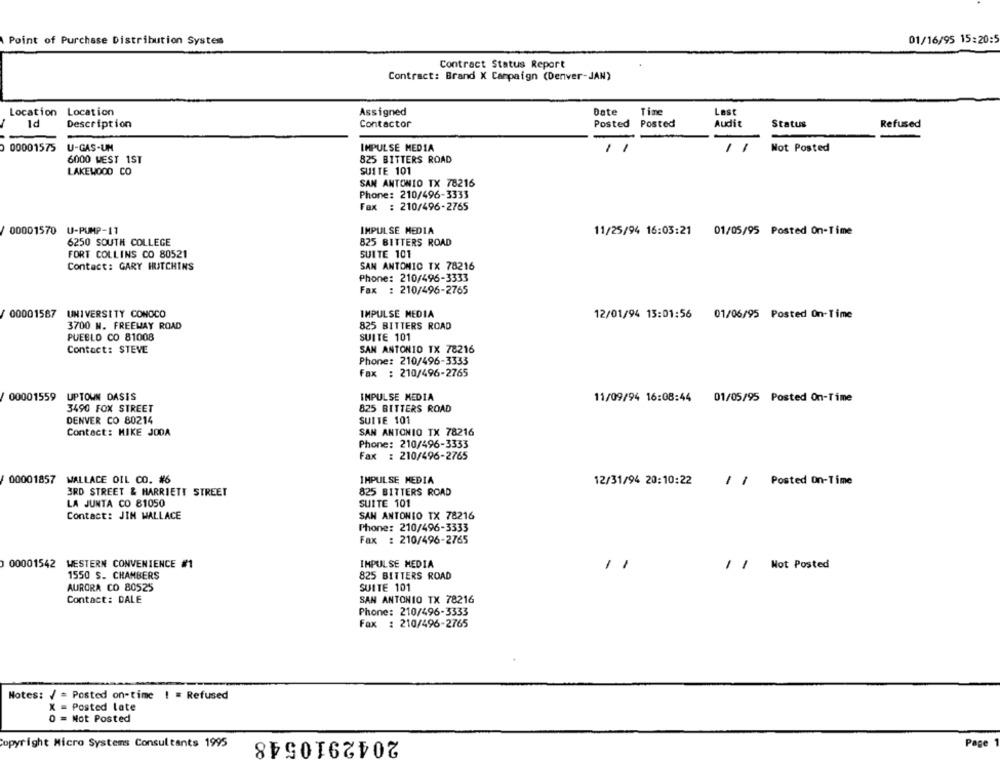
01/16/95 15:20:
Point of Purchase Distribution System
Contract Status Report
Contract: Brand X Campaign (Denver-JAN)
Location
Location
Assigned
Date
Tine
Last
Id
Contactor
Posted
Posted
Audit
Status
Description
Refused
00001575
U-GAS-UM
IMPULSE MEDIA
11
Wot Posted
6000 WEST 1ST
825 BITTERS ROAD
LAKEWOOD CO
SUITE 101
SAN ANTONIO TX 78216
Phone: 210/496-3333
Fax : 210/496-2765
IMPULSE MEDIA
00001570 U-PUMP-17
11/25/94 16:03:21
01/05/95 Posted On-Time
6250 SOUTH COLLEGE
825 BITTERS ROAD
SUITE 101
FORT COLLINS CO 80521
Contact: GARY HUTCHINS
SAN ANTONIO TX 78216
Phone: 210/496-3333
Fax : 210/496-2765
00001587 UNIVERSITY CONOCO
IMPULSE MEDIA
12/01/94 13:01:56
01/06/95 Posted On-Time
3700 N. FREEWAY ROAD
825 BITTERS ROAD
PUEBLO CO 81008
SUITE 101
Contact: STEVE
SAN ANTONIO TX 78216
Phone: 210/496-3333
Fax : 210/496-2765
00001559
UPTOWN DASIS
IMPULSE MEDIA
11/09/94 16:08:44
01/05/95 Posted On-Time
3490 FOX STREET
825 BITTERS ROAD
DENVER CO 80214
SUITE 101
Contact: MIKE JODA
SAN ANTONIO TX 78216
Phone: 210/496-3333
Fax : 210/496-2765
00001857
WALLACE OIL CO. #6
IMPULSE MEDIA
12/31/94 20:10:22
11 Posted On-Time
3RD STREET & HARRIETT STREET
825 BITTERS ROAD
LA JUNTA CO 81050
SUITE 101
Contact: JIM WALLACE
SAN ANTONIO TX 78216
Phone: 210/496-3333
Fax : 210/496-2765
00001542 WESTERN CONVENIENCE #1
IMPULSE MEDIA
/ / Not Posted
1550 S. CHAMBERS
825 BITTERS ROAD
AURORA CO 80525
SUITE 101
Contact: DALE
SAN ANTONIO TX 78216
Phone: 210/496-3333
Fax : 210/496-2765
Notes: / = Posted on-time ! = Refused
X = Posted late
O = Not Posted
2042910548
opyright Micro Systems Consultants 1995
Page